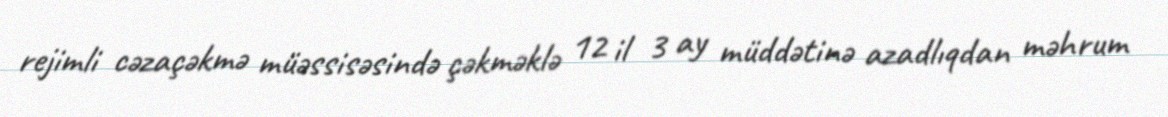
rejimli cəzaçəkmə müəssisəsində çəkməklə 12 il 3 ay müddətinə azadlıqdan məhrum